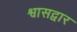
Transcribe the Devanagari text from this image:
श्वासद्वार